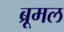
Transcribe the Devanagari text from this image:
ब्रूमल